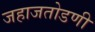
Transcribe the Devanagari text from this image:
जहाजतोडणी